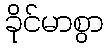
ခိုင်မာစွာ